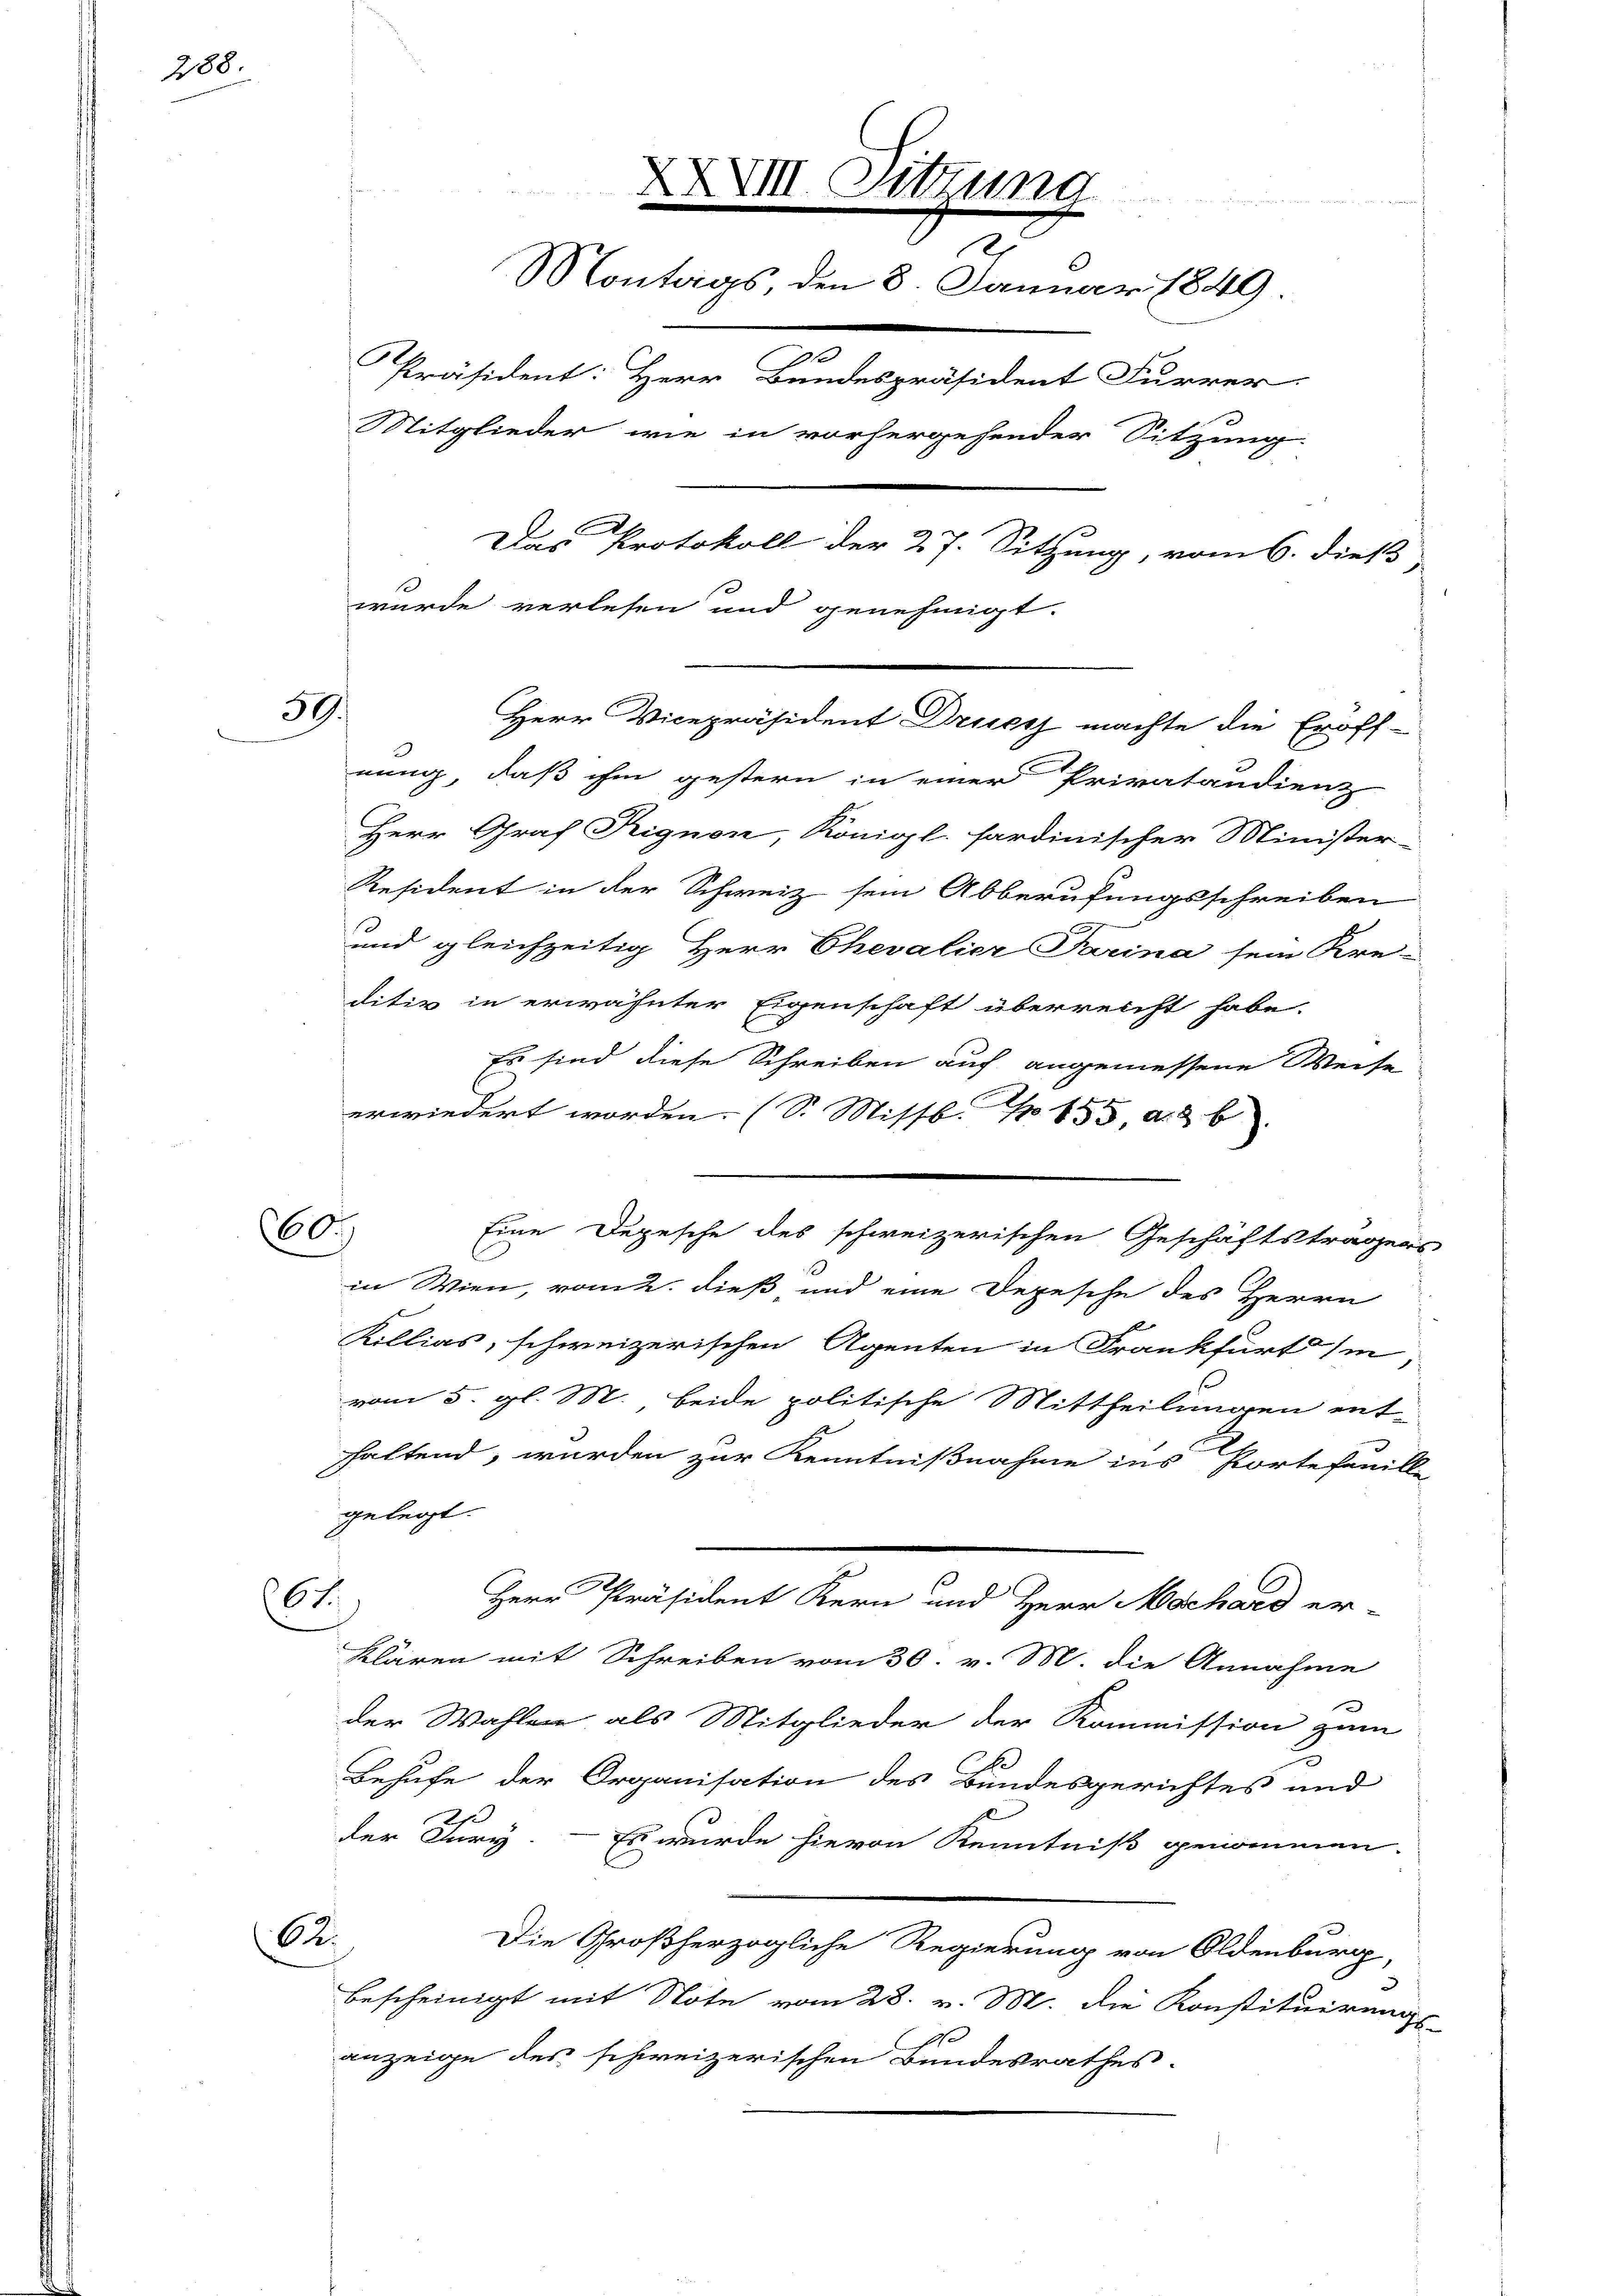
288.

39.

60.

nung, daß ihm gestern in einer Privatandienz
Herr Graf Rignon, Königl. fardinischer Minister-
Resident in der Schweiz sein Abberufungsschreiben
und gleichzeitig Herr Chevalier Tarina sein Kre-
ditiv in erwähnter Eigenschaft überreicht habe.
Es sind diese Schreiben auf angemessene Weise
erwiedert worden. (S. Missb. No 155, a. 2 b
Eine Depesche des schweizerischen Geschäftsträgers
in Wien, vom 2. dieß, und eine Depesche des Herrn
Killias, schweizerischen Agenten in Frankfurt si
vom 5. gl. M. beide politische Mittheilungen ent-
haltend, wurden zur Kenntnißnahme ins Portefanille
gelegt.
6t.
Herr Präsident Kern und Herr Hochard er-
klären mit Schreiben vom 30. v. M. die Annahme
der Wahlen als Mitglieder der Kommission zum
Behufe der Organisation des Bundesgerichtes und
der Jury.
Es wurde hievon Kenntniß genommen.
6
Die Großherzogliche Regierung von Oldenburg,
bescheinigt mit Note vom 28. v. M. die Konstituirungs-
anzeige des schweizerischen Bundesrathes

XXVIII. Sitzung
h
Montags, den 8. Januar 1849
Präsident: Herr Bundespräsident Furrer.
Mitglieder wie in vorhergehender Sitzung.
e
Das Protokoll der 27. Sitzung, vom 6. dieß,
wurde verlesen und genehmigt.
Herr Vicepräsident Druck machte die Eröff-